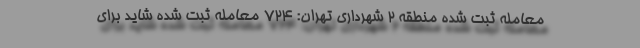
معامله ثبت شده منطقه ۲ شهرداری تهران: ۷۲۴ معامله ثبت شده شاید برای